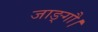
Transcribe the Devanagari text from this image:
जाङ्गौ।